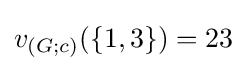
v_{(G;c)}(\{1,3\})=23